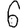
Digit: 6